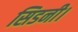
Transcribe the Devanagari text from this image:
सिडनी।